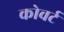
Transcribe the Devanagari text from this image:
कोवर्ट